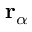
\mathbf { r } _ { \alpha }